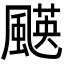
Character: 𩘑